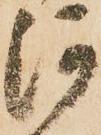
河